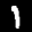
Label: 1